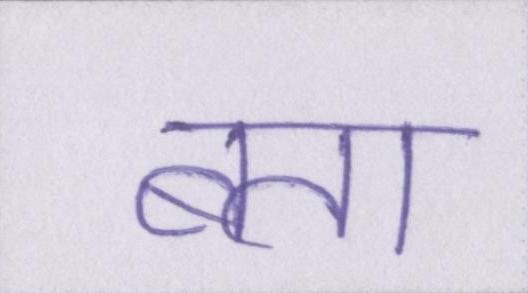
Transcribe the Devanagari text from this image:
बता